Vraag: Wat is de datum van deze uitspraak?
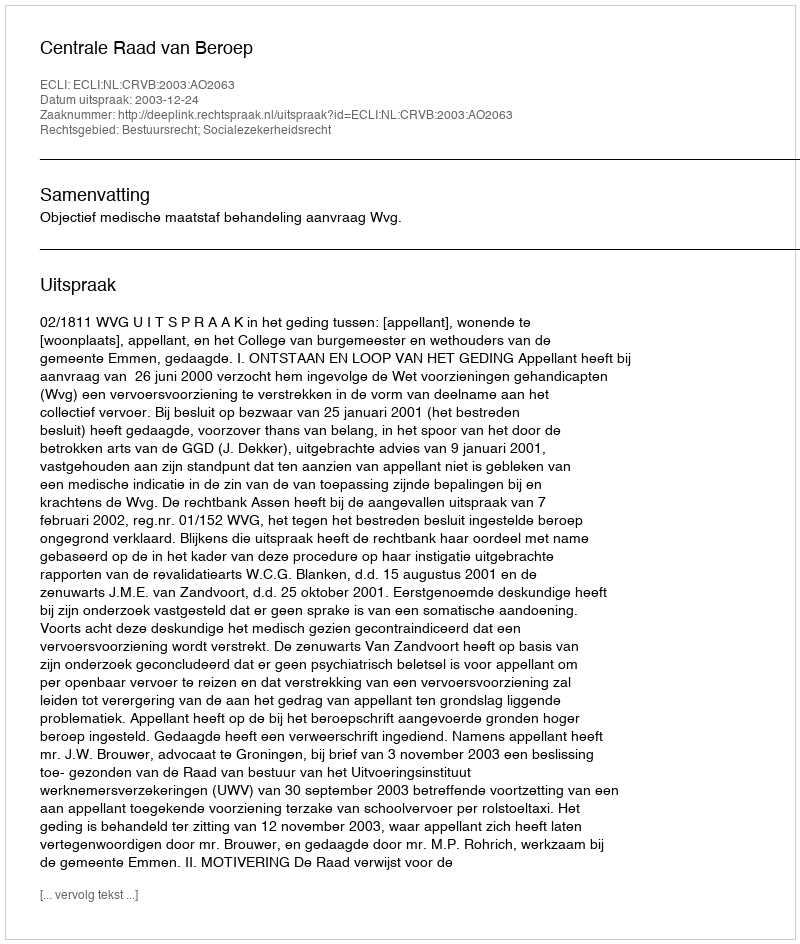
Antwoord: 2003-12-24